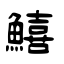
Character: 鱚